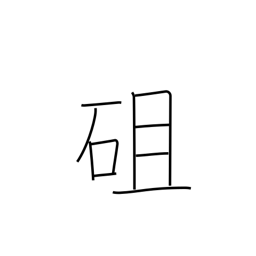
Meaning: stony hill